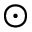
\odot